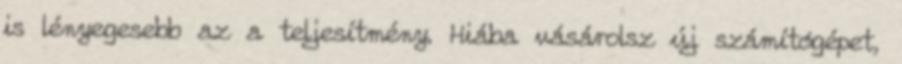
is lényegesebb az a teljesítmény. Hiába vásárolsz új számítógépet,